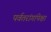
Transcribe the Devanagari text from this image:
पर्वतरांगांपेक्षा